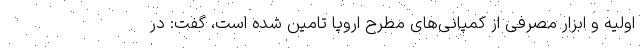
اولیه و ابزار مصرفی از کمپانی­های مطرح اروپا تامین شده است، گفت: در